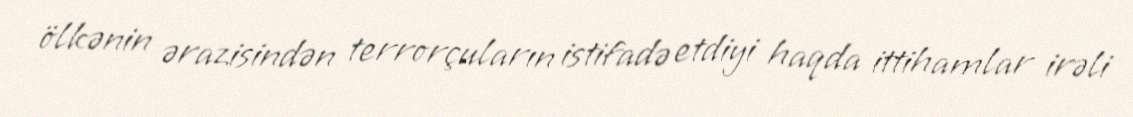
ölkənin ərazisindən terrorçuların istifadə etdiyi haqda ittihamlar irəli